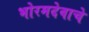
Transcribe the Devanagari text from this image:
भोरमदेवाचे